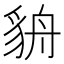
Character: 貈